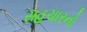
સહચારનો